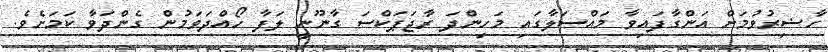
ހާޟިރުވުމަށް އަންގާފައިވާ މައްސަލާގައި މަހިންދަ ރާޖަޕަކްސަ ގާނޫނީ ލަފާ ހޯއްދަވަމުން ގެންދަވާ ކަމަށެވެ.